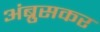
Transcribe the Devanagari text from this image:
अंब्रुसकर